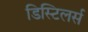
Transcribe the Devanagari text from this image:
डिस्टिलर्स